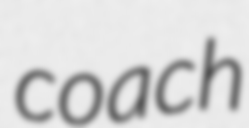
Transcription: coach